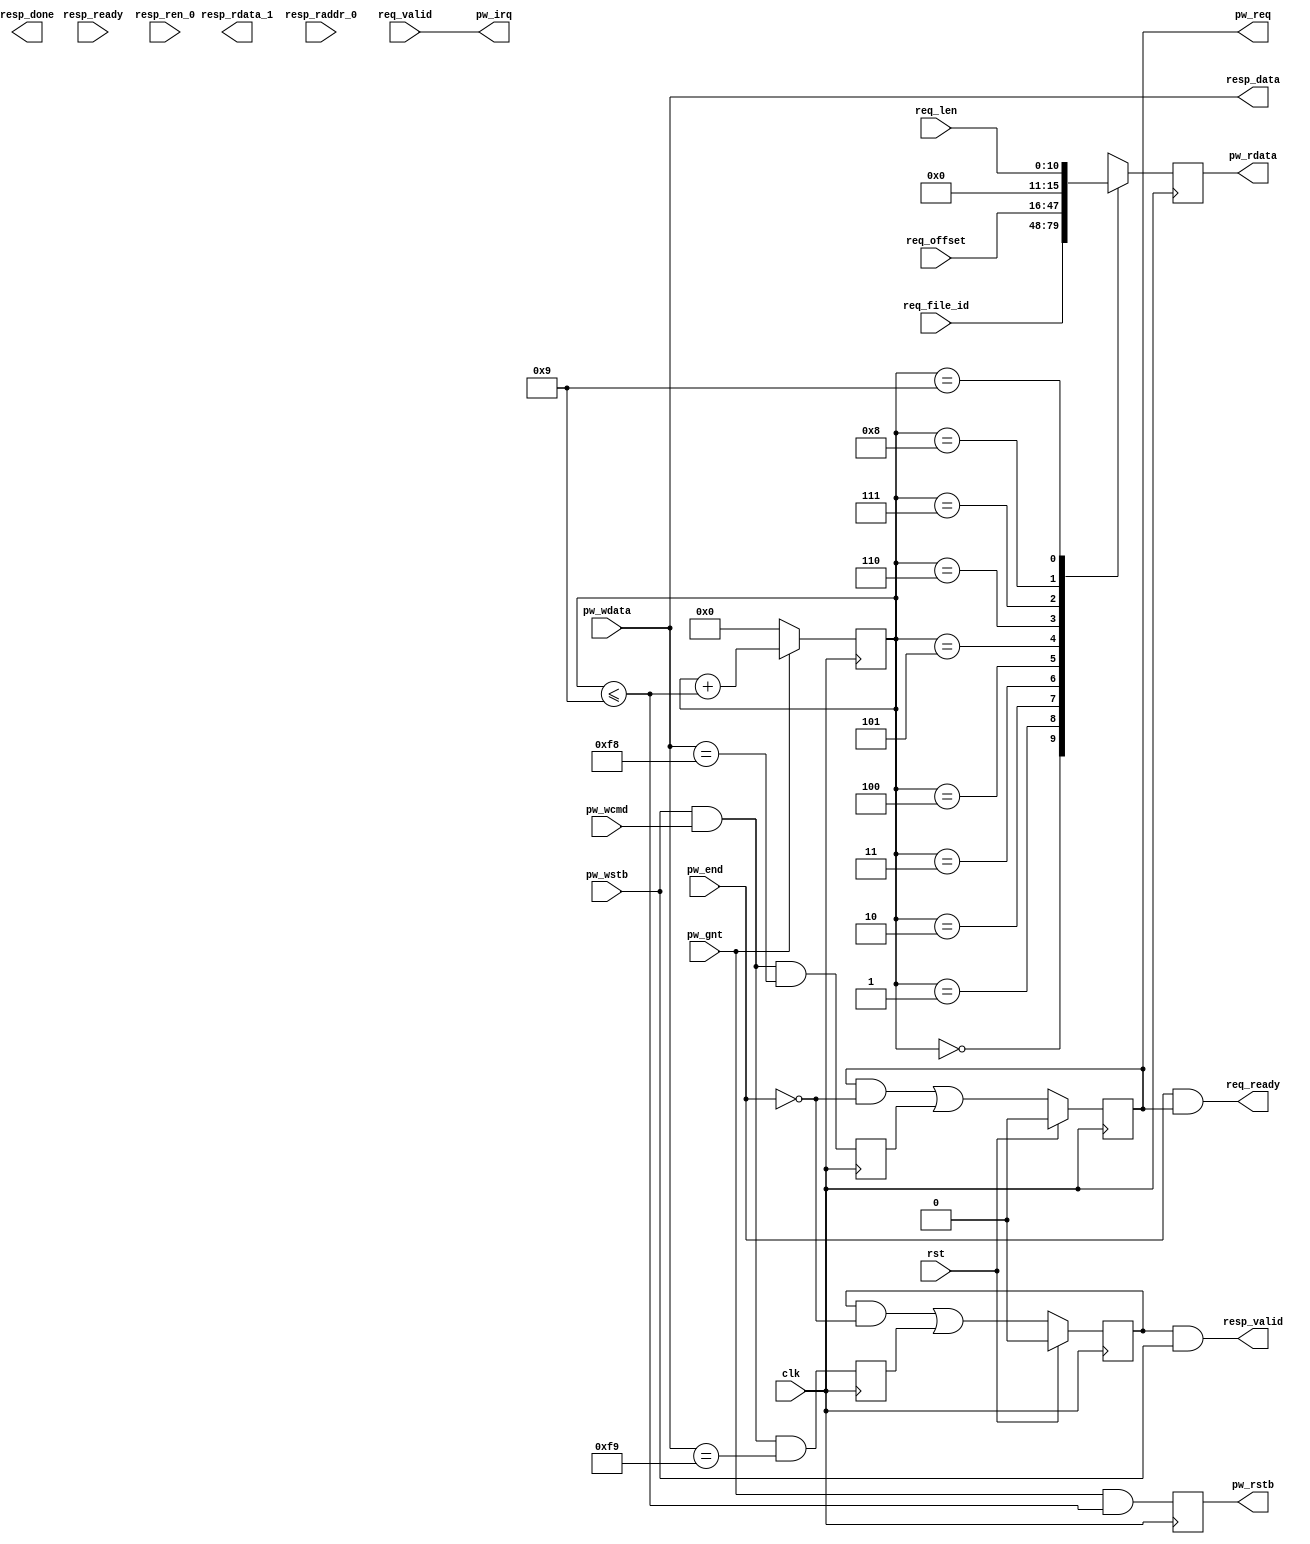
/*
 * spi_dev_fread.v
 *
 * vim: ts=4 sw=4
 *
 * "fread" command support allowing the FPGA to request some
 * data from file from the ESP32.
 *
 * Copyright (C) 2022  Sylvain Munaut <tnt@246tNt.com>
 * SPDX-License-Identifier: CERN-OHL-P-2.0
 */

`default_nettype none

module spi_dev_fread #(
	parameter INTERFACE = "STREAM",	// "STREAM", "FIFO", "RAM"
	parameter integer BUFFER_DEPTH = 512, // for "FIFO" and "RAM" modes
	parameter [7:0] CMD_GET_BYTE = 8'hf8,
	parameter [7:0] CMD_PUT_BYTE = 8'hf9,

	// auto-set
	parameter integer BL = $clog2(BUFFER_DEPTH) - 1
)(
	// Protocol wrapper interface
	input  wire  [7:0] pw_wdata,
	input  wire        pw_wcmd,
	input  wire        pw_wstb,

	input  wire        pw_end,

	output wire        pw_req,
	input  wire        pw_gnt,

	output reg   [7:0] pw_rdata,
	output reg         pw_rstb,

	// External status indicator
	output wire        pw_irq,

	// "fread" request submit interface
	input  wire [31:0] req_file_id,
	input  wire [31:0] req_offset,
	input  wire [10:0] req_len,
	input  wire        req_valid,
	output wire        req_ready,

	// "fread" response stream/fifo interface
	output wire  [7:0] resp_data,
	output wire        resp_valid,
	input  wire        resp_ready, // Only used for "FIFO"

	// "fread" response RAM interface
	output reg         resp_done,
	output wire  [7:0] resp_rdata_1,
	input  wire [BL:0] resp_raddr_0,
	input  wire        resp_ren_0,

	// Clock / Reset
	input  wire clk,
	input  wire rst
);

	// Signals
	// -------

	reg       cmd_stb_get;
	reg       cmd_stb_put;
	reg       cmd_active_get;
	reg       cmd_active_put;

	reg [3:0] tx_sel;
	wire      tx_sel_valid;
	wire      tx_stb;


	// Command decoder
	// ---------------

	// Command match
	always @(posedge clk)
	begin
		cmd_stb_get <= pw_wstb & pw_wcmd & (pw_wdata == CMD_GET_BYTE);
		cmd_stb_put <= pw_wstb & pw_wcmd & (pw_wdata == CMD_PUT_BYTE);
	end

	// Command active tracking
	always @(posedge clk)
		if (rst) begin
			cmd_active_get <= 1'b0;
			cmd_active_put <= 1'b0;
		end else begin
			cmd_active_get <= (cmd_active_get & ~pw_end) | cmd_stb_get;
			cmd_active_put <= (cmd_active_put & ~pw_end) | cmd_stb_put;
		end


	// Send requests
	// -------------

	// Signal request upstream
	assign pw_irq = req_valid;

	// Request access to response buffer
	assign pw_req = cmd_active_get;

	// Ack request when sent
	assign req_ready = pw_end & cmd_active_get;

	// Write control
	always @(posedge clk)
	begin
		if (~pw_gnt)
			tx_sel <= 4'h0;
		else
			tx_sel <= tx_sel + tx_sel_valid;
	end

	assign tx_sel_valid = (tx_sel <= 4'h9);
	assign tx_stb = pw_gnt & tx_sel_valid;

	// Mux (should actually be smaller than a shift reg)
	always @(posedge clk)
	begin
		// Mux itself
		casez (tx_sel)
			4'h0:    pw_rdata <= req_file_id[31:24];
			4'h1:    pw_rdata <= req_file_id[23:16];
			4'h2:    pw_rdata <= req_file_id[15: 8];
			4'h3:    pw_rdata <= req_file_id[ 7: 0];
			4'h4:    pw_rdata <= req_offset[31:24];
			4'h5:    pw_rdata <= req_offset[23:16];
			4'h6:    pw_rdata <= req_offset[15: 8];
			4'h7:    pw_rdata <= req_offset[ 7: 0];
			4'h8:    pw_rdata <= { 5'b00000, req_len[10:8] };
			4'h9:    pw_rdata <= req_len[7:0];
			default: pw_rdata <= 8'hxx;
		endcase

		// Pipe for write signal
		pw_rstb <= tx_stb;
	end


	// Response interfaces
	// -------------------

	generate

		// Stream
		// ------

		if (INTERFACE == "STREAM")
		begin

			// Direct forward
			assign resp_data  = pw_wdata;
			assign resp_valid = cmd_active_put & pw_wstb;

		end


		// FIFO
		// ----

		if (INTERFACE == "FIFO")
		begin : fifo

			// Local signals
			wire [7:0] rf_wrdata;
			wire       rf_wren;
			wire       rf_full;

			wire [7:0] rf_rddata;
			wire       rf_rden;
			wire       rf_empty;

			// Write
			assign rf_wrdata = pw_wdata;
			assign rf_wren = ~rf_full & cmd_active_put & pw_wstb;

			// Instance
			fifo_sync_ram #(
				.DEPTH(BUFFER_DEPTH),
				.WIDTH(8)
			) fifo_I (
				.wr_data  (rf_wrdata),
				.wr_ena   (rf_wren),
				.wr_full  (rf_full),
				.rd_data  (rf_rddata),
				.rd_ena   (rf_rden),
				.rd_empty (rf_empty),
				.clk      (clk),
				.rst      (rst)
			);

			// Read
			assign resp_data  =  rf_rddata;
			assign resp_valid = ~rf_empty;
			assign rf_rden = ~rf_empty & resp_ready;

		end


		// RAM
		// ---

		if (INTERFACE == "RAM")
		begin

			// Local signals
			reg [BL:0] rr_wraddr;
			wire [7:0] rr_wrdata;
			wire       rr_wren;

			// State tracking
			always @(posedge clk)
				if (rst)
					resp_done <= 1'b0;
				else
					resp_done <= (resp_done & ~(req_valid & req_ready)) | (cmd_active_put & pw_end);

			// Write
			assign rr_wrdata = pw_wdata;
			assign rr_wren   = pw_wstb & cmd_active_put;

			always @(posedge clk)
				if (cmd_stb_put)
					rr_wraddr <= 0;
				else
					rr_wraddr <= rr_wraddr + pw_wstb;

			// RAM instance
			ram_sdp #(
				.AWIDTH(BL+1),
				.DWIDTH(8)
			) ram_I (
				.wr_addr (rr_wraddr),
				.wr_data (rr_wrdata),
				.wr_ena  (rr_wren),
				.rd_addr (resp_raddr_0),
				.rd_data (resp_rdata_1),
				.rd_ena  (resp_ren_0),
				.clk     (clk)
			);

		end

	endgenerate

endmodule // spi_dev_fread